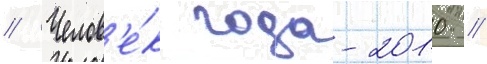
// Челов'е́к года-2010 //